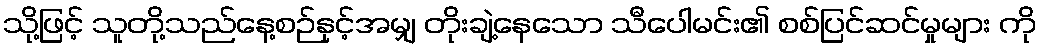
သို့ဖြင့် သူတို့သည်နေ့စဉ်နှင့်အမျှ တိုးချဲ့နေသော သီပေါမင်း၏ စစ်ပြင်ဆင်မှုများ ကို